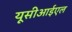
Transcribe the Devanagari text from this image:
यूसीआईएल